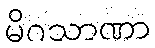
မိဂသာဏာ